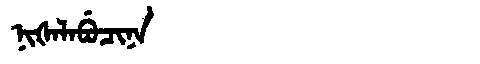
Manchu: ᠨᡳᡧᠠᠯᠠᠪᡠᠴᡳᠨᠠ
Romanization: NIŠALABUCINA